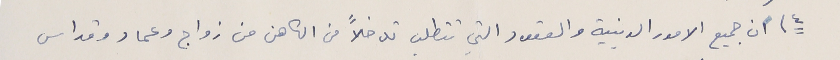
٤) ان جميع الامور الدينية والعقود التي تتطلب تدخلاً من الكاهن من زواج وعماد وقداس